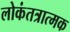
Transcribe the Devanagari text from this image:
लोकंतत्रात्मक